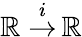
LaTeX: \mathbb{R}\; {\stackrel{i}{\to}}\, \mathbb{R}